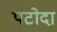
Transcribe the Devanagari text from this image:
पटोदा